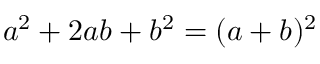
a ^ { 2 } + 2 a b + b ^ { 2 } = ( a + b ) ^ { 2 }